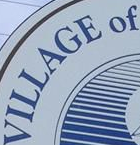
VILLAGE of